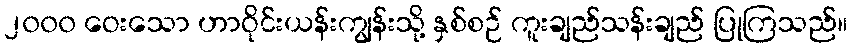
၂၀၀၀ ဝေးသော ဟာဝိုင်းယန်းကျွန်းသို့ နှစ်စဉ် ကူးချည်သန်းချည် ပြုကြသည်။